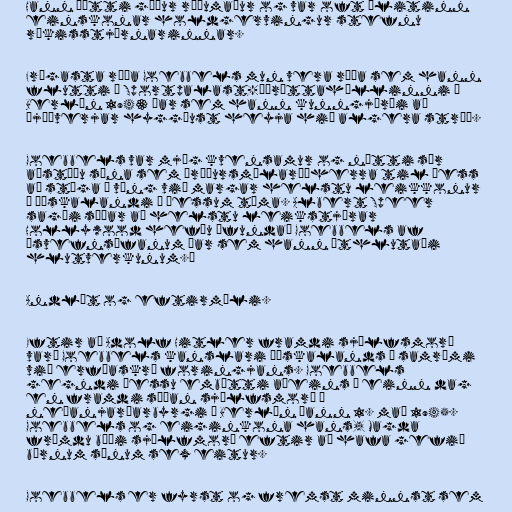
Hann þótti góður ræðumaður og var oft álitinn
einskonar holdgervingur stefnu
ríkisstjórnarinnar.

Frægasta ræða Goebbels mun vera ræða sem hann
flutti í Sportpalast-íþróttahöllinni í
Berlín 1943 þar sem hann kunngjörði að
Þjóðverjar hyggðust heyja hið algera stríð.

Goebbels var mjög kvensamur og nýtti sér
aðstöðu sína sem áróðursmálaráðherra til þess
að stíga í væng við margar helstu leikkonur
í Þýskalandi á þessum tíma. Albert Speer
sagði síðar að helstu leikstjórar
Hollywood hefðu öfundað Goebbels af
„svefnsófanum þar sem hann úthlutaði
hlutverkunum.“

Andlát og eftirmæli.

Eftir að Adolf Hitler framdi sjálfsmorð
varð Goebbels kanslari Þýskalands í samræmi
við erfðaskrá foringjans. Goebbels
gegndi þessu embætti aðeins í einn dag
en framdi síðan sjálfsmorð í
neðanjarðarbyrgi í Berlín þann 1. maí 1945.
Goebbels og eiginkona hans, Magda
frömdu bæði sjálfmorð eftir að hafa gefið
börnum sínum sex eitur.

Goebbels er fyrst og fremst minnst sem